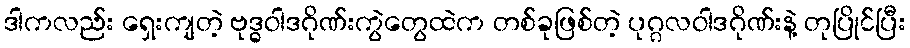
ဒါကလည်း ရှေးကျတဲ့ ဗုဒ္ဓဝါဒဂိုဏ်းကွဲတွေထဲက တစ်ခုဖြစ်တဲ့ ပုဂ္ဂလဝါဒဂိုဏ်းနဲ့ တုပြိုင်ပြီး